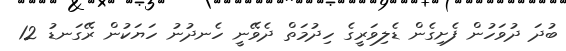
ބުދަ ދުވަހުން ފެށިގެން ޑެލިވަރީގެ ހިދުމަތް ދެވޭނީ ހެނދުނު ހަޔަކުން ރޭގަނޑު 12